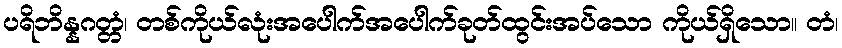
ပရိဘိန္နဂတ္တံ၊ တစ်ကိုယ်လုံးအပေါက်အပေါက်ခုတ်ထွင်းအပ်သော ကိုယ်ရှိသော။ တံ၊